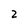
Character: 2